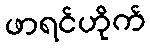
ဖာရင်ဟိုက်